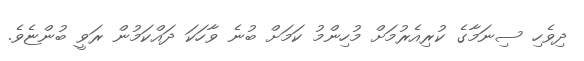
ދިވެހި ސިނަމާގެ ކުރިއެރުމަށް މުހިންމު ކަމަށް ބުނެ ވާހަކަ ދައްކަމުން ރަވީ ބުންޏެވެ.